Lunatic asylums United Provinces 1909-1921 - 1909-1921
Year: 1909
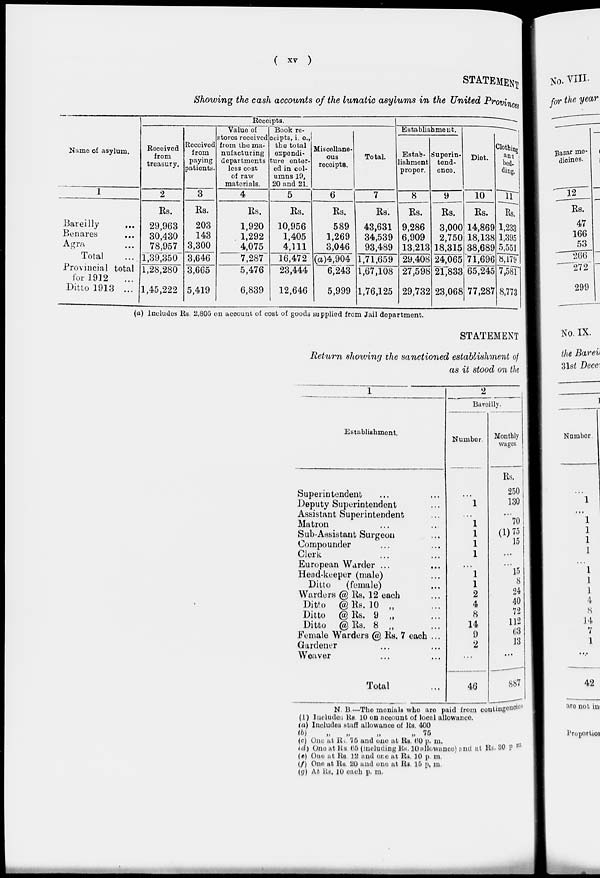
(
xv
)
STATEMENT
Showing the cash accounts of the lunatic asylums in the United Provinces
Name of asylum.
1
Bareilly ...
Benares ...
Agra ...
Total ...
Provincial total
for 1912 ...
Ditto 1913 ...
Receipts.
Received
from
treasury.
2
Rs.
29,963
30,430
78,957
1,39,350
1,28,280
1,45,222
Received
from
paying
patients.
3
Rs.
203
143
3,300
3,646
3,665
5,419
Value of
stores received
from the ma-
nufacturing
departments
less cost
of raw
materials.
4
Rs.
1,920
1,292
4,075
7,287
5,476
6,839
Book re-
ceipts, i. e.,
the total
expendi-
ture enter-
ed in col-
umns 19,
20 and 21.
5
Rs.
10,956
1,405
4,111
16,472
23,444
12,646
Miscellane-
ous
receipts.
6
Rs.
589
1,269
3,046
(a)4,904
6,243
5,999
Total.
7
Rs.
43,631
34,539
93,489
1,71,659
1,67,108
1,76,125
Establishment.
Estab-
lishment
proper.
8
Rs.
9,286
6,909
13,213
29,408
27,598
29,732
Superin-
tend-
ence.
9
Rs.
3,000
2,750
18,315
24,065
21,833
23,068
Diet.
10
Rs.
14,869
18,138
38,689
71,696
65,245
77,287
Clothing
and
bed-
ding.
11
Rs.
1,233
1,395
5,551
8,179
7,581
8,773
(a) Includes Rs. 2,805 on account of cost of goods supplied from Jail department.
STATEMENT
Return showing the sanctioned establishment of
as it stood on the
1
Establishment.
Superintendent ... ...
Deputy Superintendent ...
Assistant Superintendent ...
Matron ...
Sub-Assistant Surgeon ...
Compounder ... ...
Clerk ... ...
European Warder ... ...
Head-keeper (male) ...
Ditto
(female) ...
Warders @ Rs. 12 each ...
Ditto @Rs. 10 „ ...
Ditto @ Rs. 9 „ ...
Ditto @Rs. 8 „ ...
Female Warders @ Rs. 7 each ...
Gardener ... ...
Weaver ... ...
Total ...
2
Bareilly.
Number.
...
1
...
1
1
1
1
...
1
1
2
4
8
14
9
2
...
46
Monthly
wages.
Rs.
250
130
... 70
(1)75
15
...
...
15
8
24
40
72
112
62
13
...
887
N. B . — The menials who are paid from contingencies
(1) Includes Rs. 10 on account of local allowance.
(a) Includes staff allowance of Rs. 400
(b)
„
„
„
„ 75
(c) One at Rs. 75 and one at Rs. 60 p. m.
(d) One at Rs. 65 (including Rs. 10 allowance) and at Rs. 30 p. m.
(e) One at Rs. 12 and one at Rs. 10 p.m.
(f) One at Rs. 20 and one at Rs. 15 p.m.
(g) At Rs. 10 each p. m.